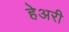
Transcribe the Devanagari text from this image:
हेअरी